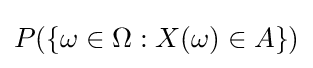
P(\{\omega \in \Omega :X(\omega )\in A\})